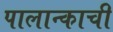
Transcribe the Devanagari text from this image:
पालान्काची